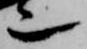
也